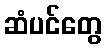
ဆံပင်တွေ